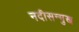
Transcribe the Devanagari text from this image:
नदीसन्मुख